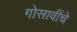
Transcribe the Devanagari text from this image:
गोसावींचे